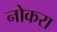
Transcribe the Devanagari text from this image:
नोकरा